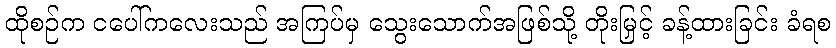
ထိုစဉ်က ငပေါ်ကလေးသည် အကြပ်မှ သွေးသောက်အဖြစ်သို့ တိုးမြှင့် ခန့်ထားခြင်း ခံရစ